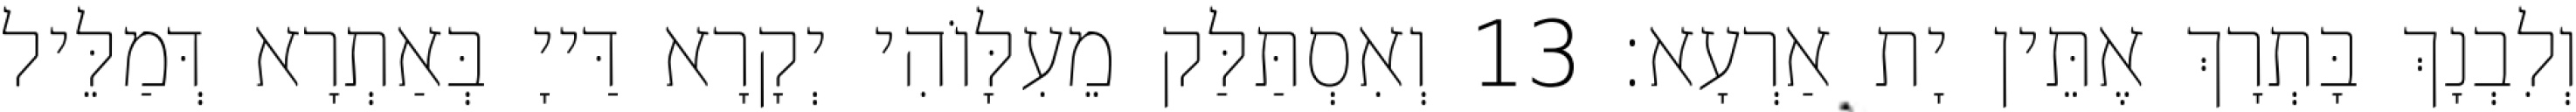
וְלִבְנָךְ בָּתְרָךְ אֶתֵּין יָת אַרְעָא׃ 13 וְאִסְתַּלַּק מֵעִלָּוֹהִי יְקָרָא דַּייָ בְּאַתְרָא דְּמַלֵּיל